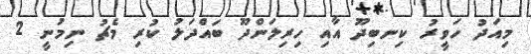
މިއަދު ހަވީރު ކިނބިދޫ އާއި ހިރިލަންދޫ ބައްދަލު ކުރި މެޗު ނިމުނީ 2